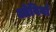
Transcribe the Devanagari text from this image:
ओवियाँ